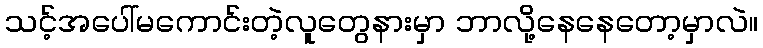
သင့်အပေါ်မကောင်းတဲ့လူတွေနားမှာ ဘာလို့နေနေတော့မှာလဲ။